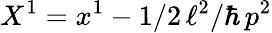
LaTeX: X^{1}=x^{1}-1/2\, \ell^{2}/\hbar\, p^{2}